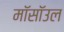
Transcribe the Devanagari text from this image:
मॉसॉउल